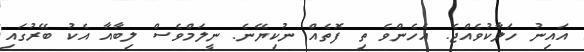
އައިނު ހަލާކުވެއްޖެ. އެހެންވެ ތި ފޮތެއް ނުކިޔޭނެ. ނީލަމްވެސް ލިބާއާ އެކު ބޭރުގައި